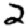
Digit: 2